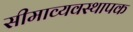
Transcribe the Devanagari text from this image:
सीमाव्यवस्थापक